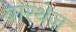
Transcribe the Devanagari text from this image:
बारथेज़